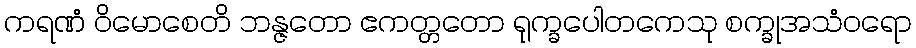
ကရဏံ ဝိမောစေတိ ဘန္ဇတော ဧကတ္တတော ရုက္ခပေါတကေသု စက္ခုအသံဝရော